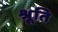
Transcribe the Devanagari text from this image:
श्रूति